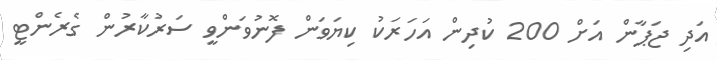
އަދި ޖަޕާން އަށް 200 ކުދިން އަހަރަކު ކިޔަވަން ފޮނުވަންވީ ސަރުކާރުން ގެރެންޓީ